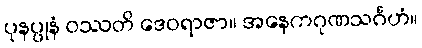
ပုနပ္ပုနံ ဝဿတိ ဒေဝရာဇာ။ အနေကဂုဏသင်္ဂဟံ။